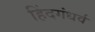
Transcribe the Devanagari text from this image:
हिंदगंधर्व